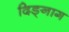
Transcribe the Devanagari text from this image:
दिङ्‌नाग